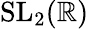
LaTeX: \mathrm{SL}_{2}(\mathbb{R})